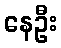
နေဦး